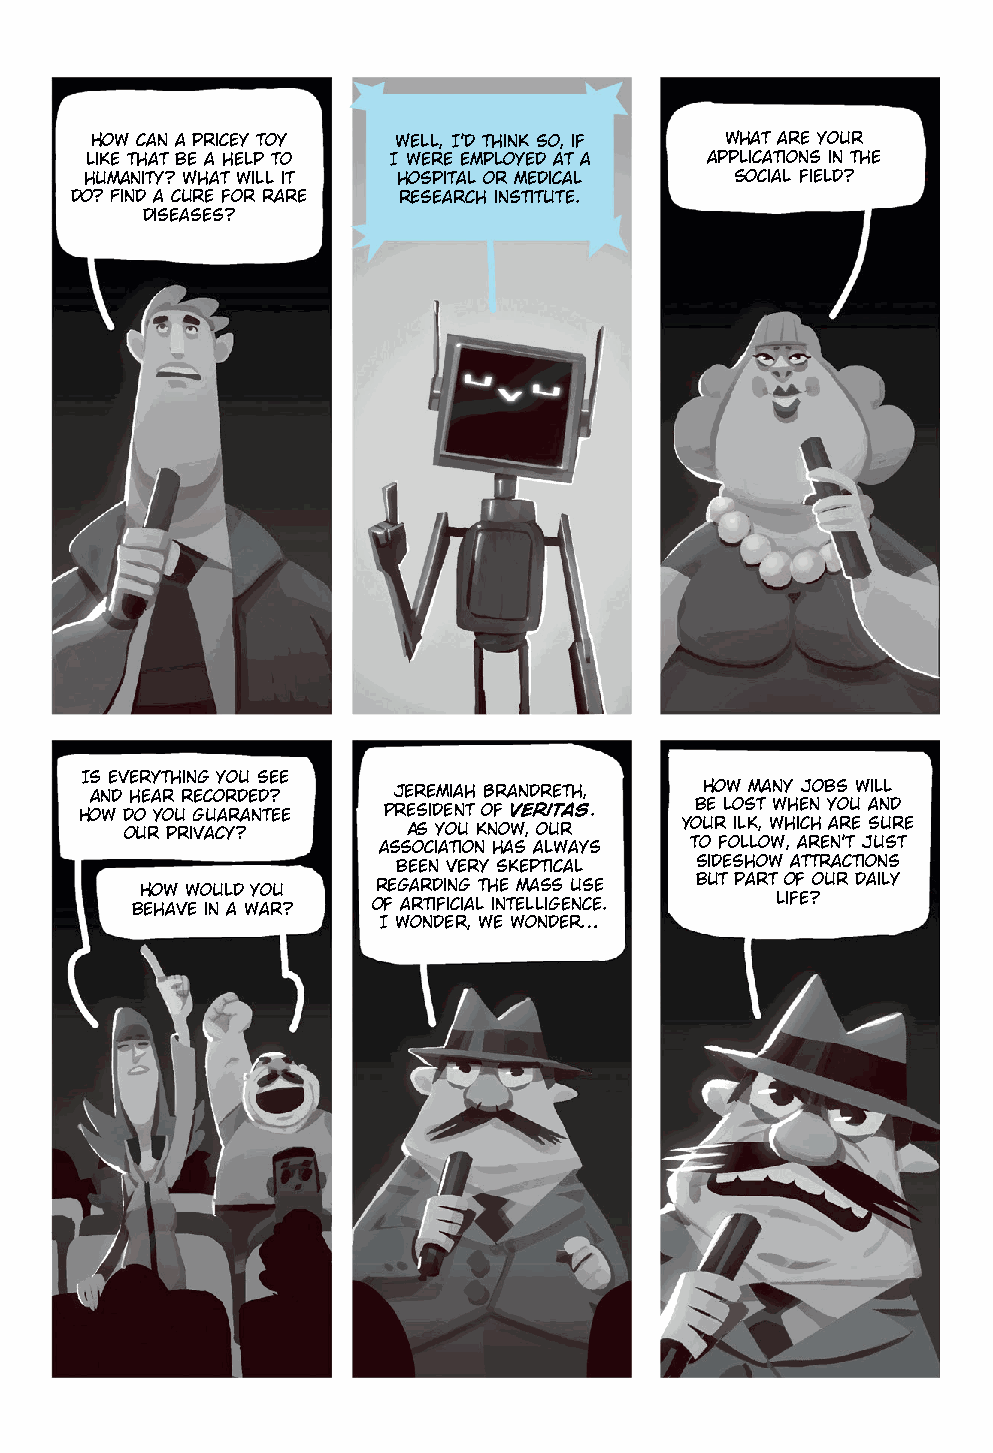
How can a pricey toy Well, I’d think so, if What are your
 like that be a help to I were employed at a applications in the
 humanity? What will it hospital or medical social field?
 do? Find a cure for rare research institute.
 diseases?
 Is everything you see
 and hear recorded?  Jeremiah Brandreth,  How many jobs will
 How do you guarantee President of Veritas. be lost when you and
 our privacy?       As you know, our  your ilk, which are sure
 association has always to follow, aren’t just
 been very skeptical sideshow attractions
 How would you   regarding the mass use but part of our daily
 behave in a war? of artificial intelligence. life?
 I wonder, we wonder…